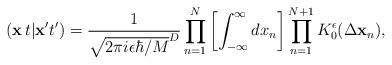
LaTeX: \begin{align*}({\bf x}\,t \vert {\bf x}'t') =\frac{1}{\sqrt{2\pi i \epsilon\hbar/M}^D}\prod_{n=1}^{N}\left[\int_{-\infty}^{\infty} dx_n \right] \prod_{n=1}^{N+1} K_0^\epsilon (\Delta{\bf x}_n),\end{align*}